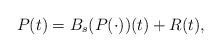
LaTeX: \begin{align*}P(t)=B_s(P(\cdot))(t)+R(t),\end{align*}